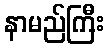
နာမည်ကြီး